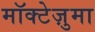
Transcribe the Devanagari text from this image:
मॉक्टेज़ुमा